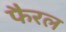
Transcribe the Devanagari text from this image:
फैरल